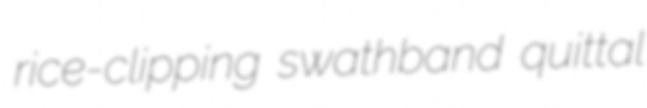
rice-clipping swathband quittal